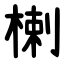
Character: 楋